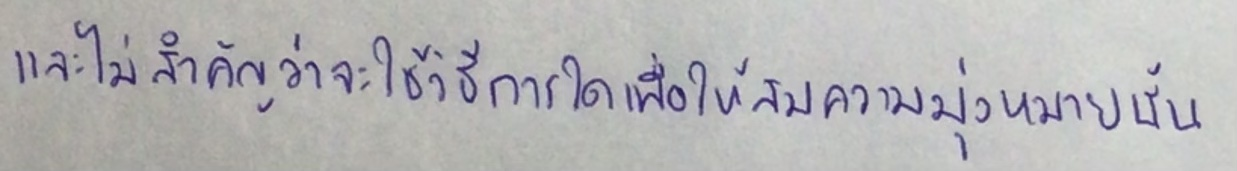
และไม่สำคัญว่าจะใช้วิธีการใดเพื่อให้สมความมุ่งหมายนั้น